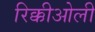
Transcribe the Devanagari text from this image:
रिक्कीओली